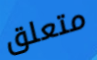
متعلق